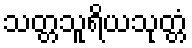
သတ္တသူရိယသုတ္တံ